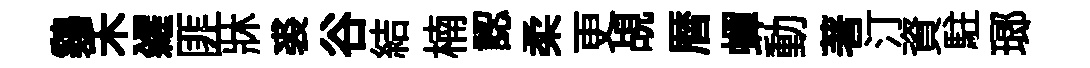
鷄禾糴匪牀裘谷結楠認柔更覘暦蟬動著汀資駐瑯